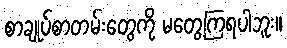
စာချုပ်စာတမ်းတွေကို မတွေ့ကြရပါဘူး။